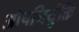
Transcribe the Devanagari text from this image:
ओषनिर्युक्ति